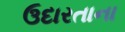
ઉદારતાના